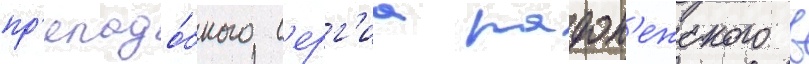
пр'еподо́бного с'ерг'иа радон'ежского в